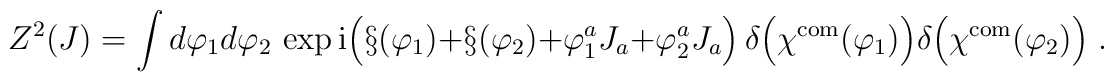
Z^2(J)=\int d\varphi_1 d\varphi_2\,\exp {\rm i}\Bigl(\S(\varphi_1)+\S(\varphi_2)+\varphi_1^aJ_a+\varphi_2^aJ_a\Bigr)\,\delta\Bigl(\chi^{\mbox{\scriptsize com}}(\varphi_1)\Bigr)\delta\Bigl(\chi^{\mbox{\scriptsize com}}(\varphi_2)\Bigr)\; .